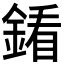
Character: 𨩢